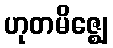
ဟုတမိဇ္ဈေ